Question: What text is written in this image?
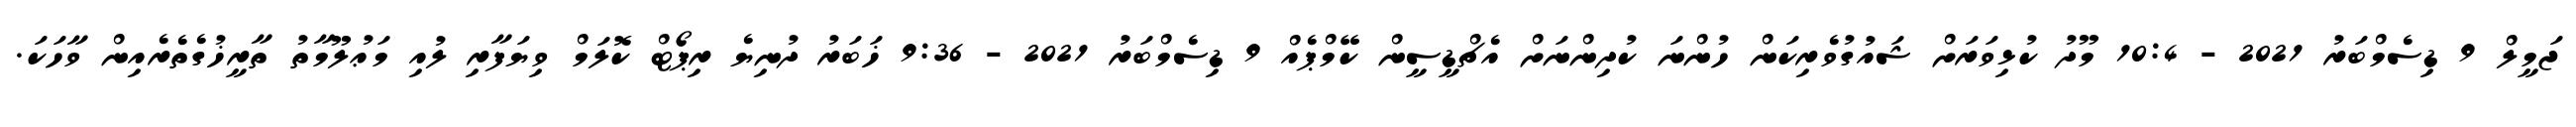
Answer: ޖަމީލް 9 ޑިސެމްބަރު 2021 - 10:4 މޫދު ކުޅިވަރަށް ޝައުގުވެރިކަން ހުންނަ ކުދިންނަށް އެޗްޑީސީން ކޭމްޕެއް 9 ޑިސެމްބަރު 2021 - 9:36 ޚަބަރު ދުނިޔެ ރިޕޯޓް ކޮލަމް ވިޔަފާރި ލުއި މަޢުލޫމާތު ތާރީޚުގެތެރެއިން ވާހަކަ.